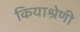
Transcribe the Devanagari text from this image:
कियाश्रेणी